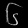
Digit: ၆